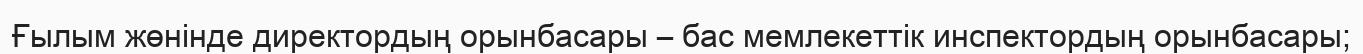
Ғылым жөнінде директордың орынбасары – бас мемлекеттік инспектордың орынбасары;